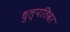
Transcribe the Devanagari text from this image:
धुल्पतिवर